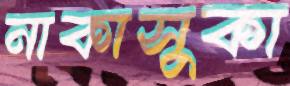
নাকাসুকা